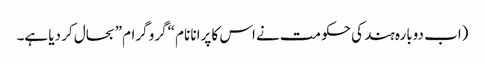
(اب دوبارہ ہند کی حکومت نے اس کا پرانا نام “گرو گرام” بحال کر دیا ہے۔